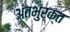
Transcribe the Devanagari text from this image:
अंतभुर्क्त